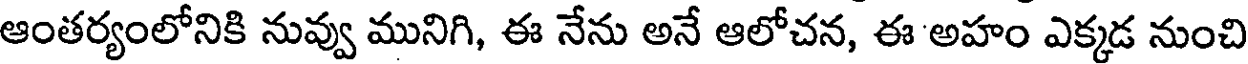
ఆంతర్యంలోనికి నువ్వు మునిగి, ఈ నేను అనే ఆలోచన, ఈ అహం ఎక్కడ నుంచి